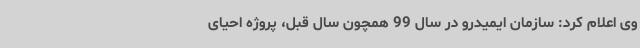
وی اعلام کرد: سازمان ایمیدرو در سال 99 همچون سال قبل، پروژه احیای